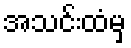
အသင်းထံမှ